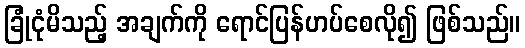
ခြုံငုံမိသည့် အချက်ကို ရောင်ပြန်ဟပ်စေလို၍ ဖြစ်သည်။